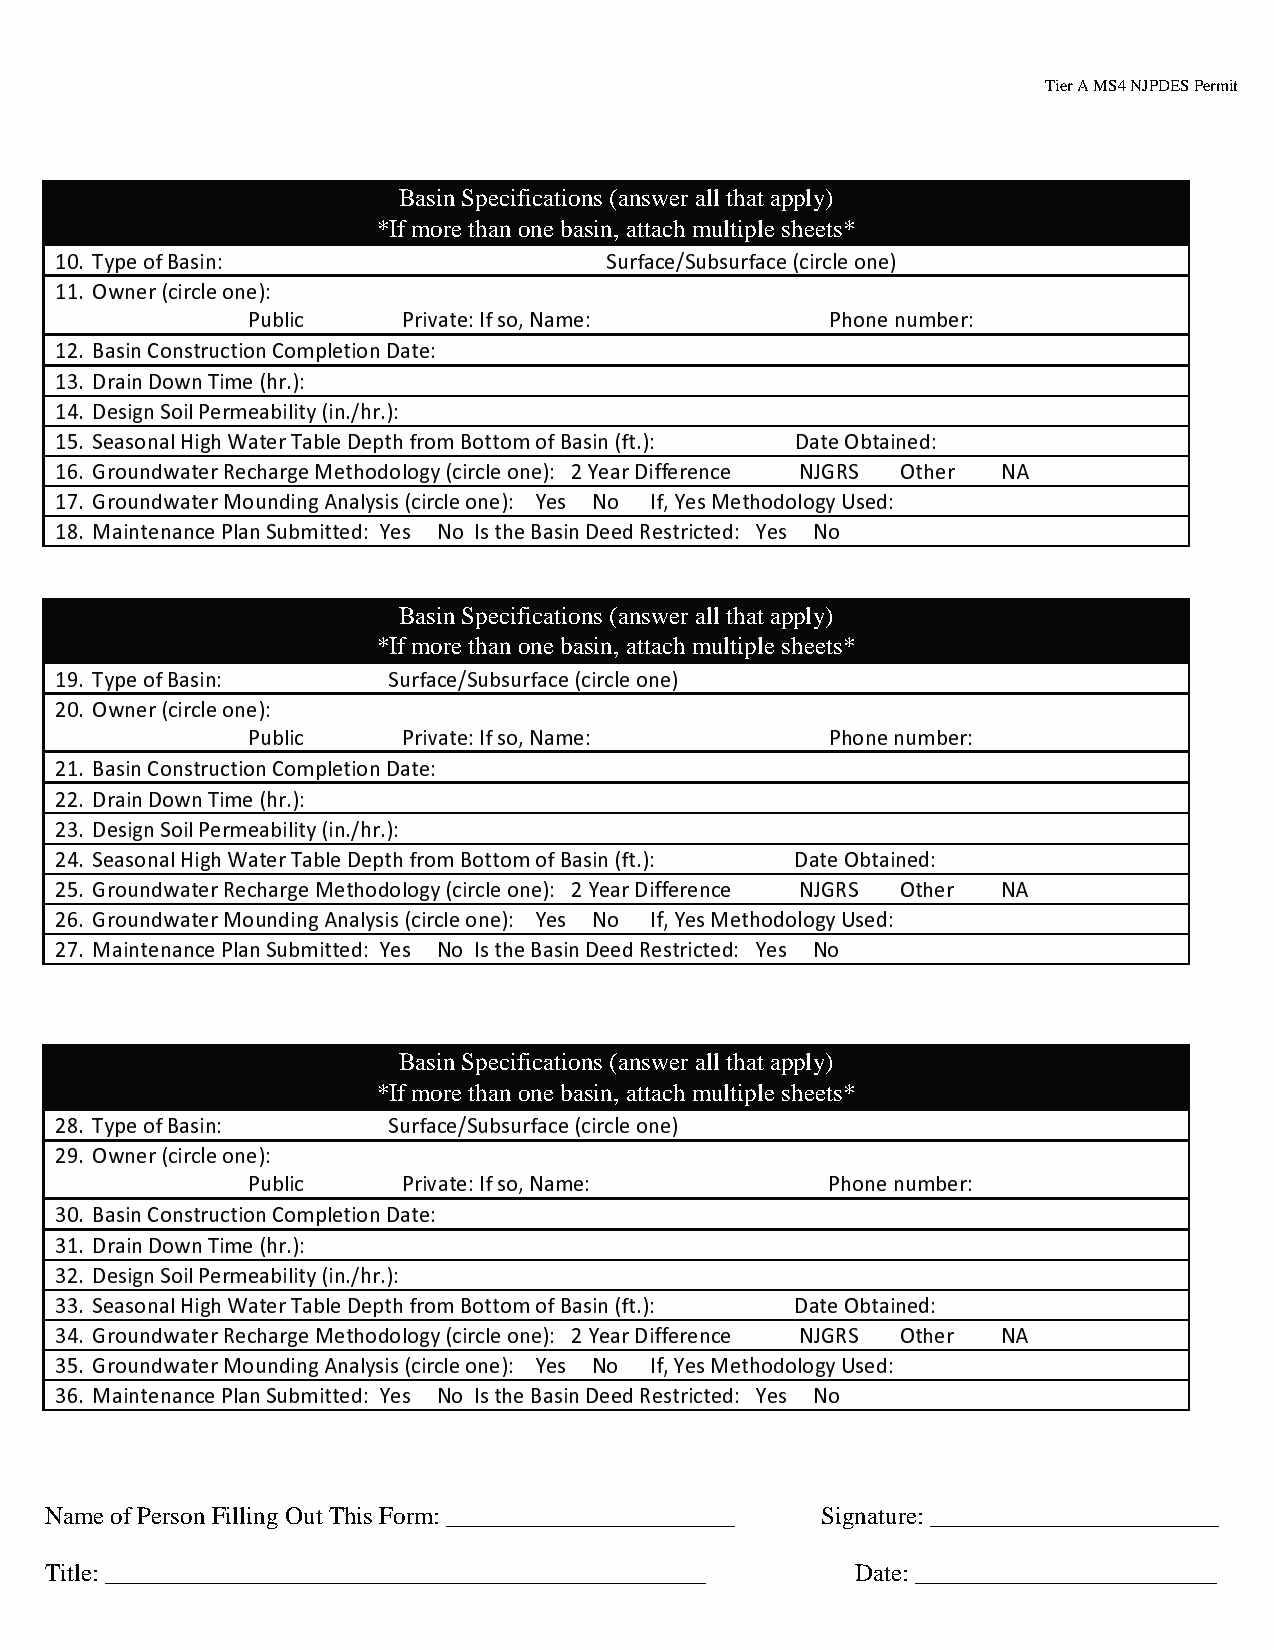
Tier A MS4 NJPDES Permit
 Basin Specifications (answer all that apply)
 *If more than one basin, attach multiple sheets*
 10. Type of Basin:                  Surface/Subsurface (circle one)
 11. Owner (circle one):
 Public     Private: If so, Name:       Phone number:
 12. Basin Construction Completion Date:
 13. Drain Down Time (hr.):
 14. Design Soil Permeability (in./hr.):
 15. Seasonal High Water Table Depth from Bottom of Basin (ft.): Date Obtained:
 16. Groundwater Recharge Methodology (circle one): 2 Year Difference NJGRS Other NA
 17. Groundwater Mounding Analysis (circle one): Yes No If, Yes Methodology Used:
 18. Maintenance Plan Submitted: Yes No Is the Basin Deed Restricted: Yes No
 Basin Specifications (answer all that apply)
 *If more than one basin, attach multiple sheets*
 19. Type of Basin:    Surface/Subsurface (circle one)
 20. Owner (circle one):
 Public     Private: If so, Name:       Phone number:
 21. Basin Construction Completion Date:
 22. Drain Down Time (hr.):
 23. Design Soil Permeability (in./hr.):
 24. Seasonal High Water Table Depth from Bottom of Basin (ft.): Date Obtained:
 25. Groundwater Recharge Methodology (circle one): 2 Year Difference NJGRS Other NA
 26. Groundwater Mounding Analysis (circle one): Yes No If, Yes Methodology Used:
 27. Maintenance Plan Submitted: Yes No Is the Basin Deed Restricted: Yes No
 Basin Specifications (answer all that apply)
 *If more than one basin, attach multiple sheets*
 28. Type of Basin:    Surface/Subsurface (circle one)
 29. Owner (circle one):
 Public     Private: If so, Name:       Phone number:
 30. Basin Construction Completion Date:
 31. Drain Down Time (hr.):
 32. Design Soil Permeability (in./hr.):
 33. Seasonal High Water Table Depth from Bottom of Basin (ft.): Date Obtained:
 34. Groundwater Recharge Methodology (circle one): 2 Year Difference NJGRS Other NA
 35. Groundwater Mounding Analysis (circle one): Yes No If, Yes Methodology Used:
 36. Maintenance Plan Submitted: Yes No Is the Basin Deed Restricted: Yes No
 Name of Person Filling Out This Form: _______________________ Signature: _______________________
 Title: ________________________________________________ Date: ________________________